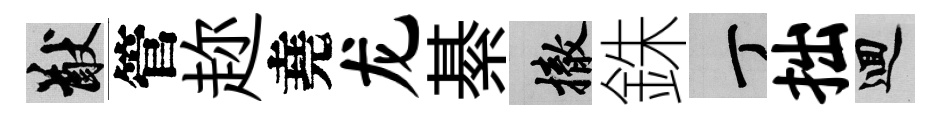
猷管趂堯龙綦撤銖丁拙回